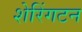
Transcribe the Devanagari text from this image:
शेरिंगटन